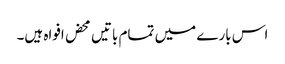
اس بارے میں تمام باتیں محض افواہ ہیں۔